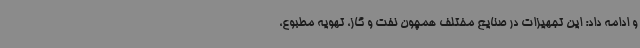
و ادامه داد: این تجهیزات در صنایع مختلف همچون نفت و گاز، تهویه مطبوع،